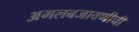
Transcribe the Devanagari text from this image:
अमलबजावणीची